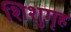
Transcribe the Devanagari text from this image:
शिशुगृह